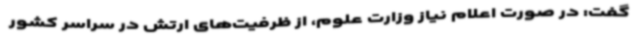
گفت: در صورت اعلام نیاز وزارت علوم، از ظرفیت‌های ارتش در سراسر کشور